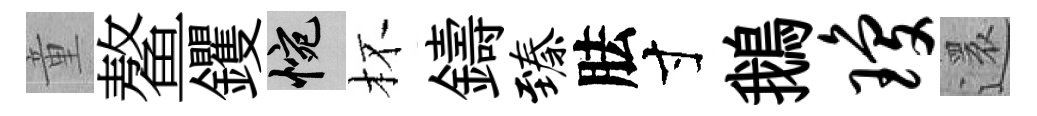
童鳌钁惋杯鑄臻胠寸鵝琼還